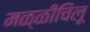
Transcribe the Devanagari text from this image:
मळ्ळीचिलू